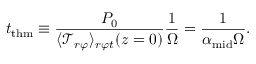
t _ { \mathrm { t h m } } \equiv \frac { P _ { 0 } } { \langle \mathcal { T } _ { r \varphi } \rangle _ { r \varphi t } ( z = 0 ) } \frac { 1 } { \Omega } = \frac { 1 } { \alpha _ { \mathrm { m i d } } \Omega } .